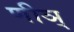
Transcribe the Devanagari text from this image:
णीञ्